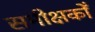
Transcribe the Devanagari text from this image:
समीक्षकोँ